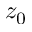
z _ { 0 }